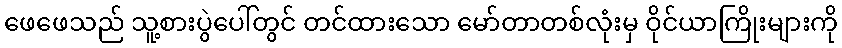
ဖေဖေသည် သူ့စားပွဲပေါ်တွင် တင်ထားသော မော်တာတစ်လုံးမှ ဝိုင်ယာကြိုးများကို